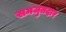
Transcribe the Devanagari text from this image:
समजुतदार